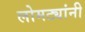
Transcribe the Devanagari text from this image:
लोमट्यांनी